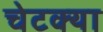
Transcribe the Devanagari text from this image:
चेटक्या